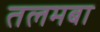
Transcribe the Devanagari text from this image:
तलमबा